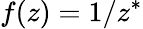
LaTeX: f(z)=1/z^{*}